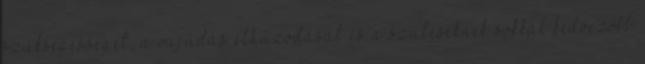
szükségességét, a vajúdás elhúzódását és a szüléseknek sokkal kedvezőbb